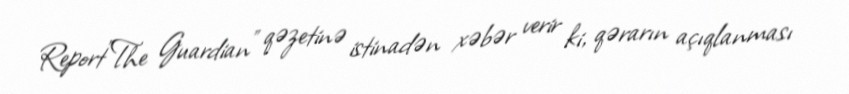
Report"The Guardian" qəzetinə istinadən xəbər verir ki, qərarın açıqlanması